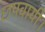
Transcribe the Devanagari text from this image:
छपवायी।